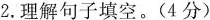
2.理解句子填空。(4分)